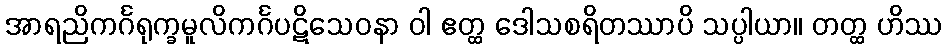
အာရညိကင်္ဂရုက္ခမူလိကင်္ဂပဋိသေဝနာ ဝါ ဧတ္ထ ဒေါသစရိတဿာပိ သပ္ပါယာ။ တတ္ထ ဟိဿ